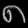
Digit: ၈